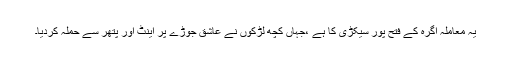
یہ معاملہ آگرہ کے فتح پور سیکڑی کا ہے ،جہاں کچھ لڑکوں نے عاشق جوڑے پر اینٹ اور پتھر سے حملہ کردیا۔